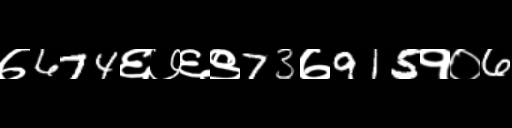
Text: ७674६७६९73७915१०6